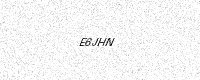
Text: E6JHN